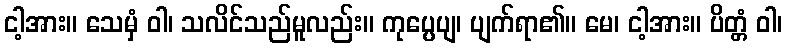
ငါ့အား။ သေမှံ ဝါ၊ သလိင်သည်မူလည်း။ ကုပ္ပေပျ၊ ပျက်ရာ၏။ မေ၊ ငါ့အား။ ပိတ္တံ ဝါ၊